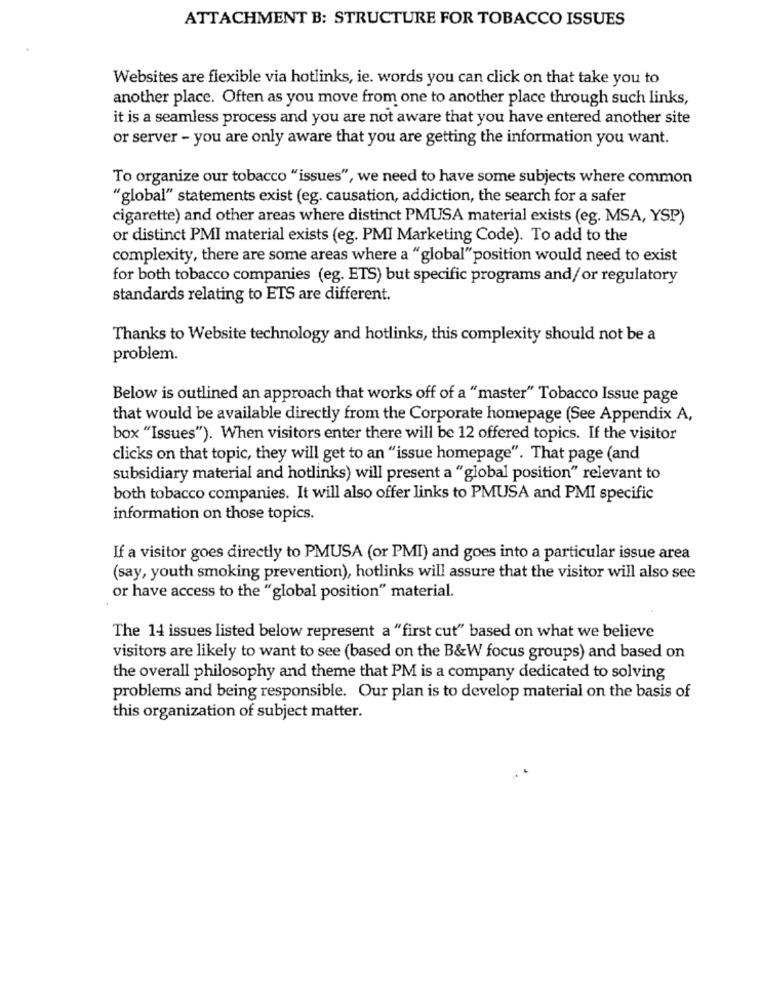
ATTACHMENT B: STRUCTURE FOR TOBACCO ISSUES
Websites are flexible via hotlinks, ie. words you can click on that take you to
another place. Often as you move from one to another place through such links,
it is a seamless process and you are not aware that you have entered another site
or server - you are only aware that you are getting the information you want.
To organize our tobacco "issues", we need to have some subjects where common
"global" statements exist (eg. causation, addiction, the search for a safer
cigarette) and other areas where distinct PMUSA material exists (eg. MSA, YSP)
or distinct PMI material exists (eg. PMI Marketing Code). To add to the
complexity, there are some areas where a "global" position would need to exist
for both tobacco companies (eg. ETS) but specific programs and/ or regulatory
standards relating to ETS are different.
Thanks to Website technology and hotlinks, this complexity should not be a
problem.
Below is outlined an approach that works off of a "master" Tobacco Issue page
that would be available directly from the Corporate homepage (See Appendix A,
box "Issues"). When visitors enter there will be 12 offered topics. If the visitor
clicks on that topic, they will get to an "issue homepage". That page (and
subsidiary material and hotlinks) will present a "global position" relevant to
both tobacco companies. It will also offer links to PMUSA and PMI specific
information on those topics.
If a visitor goes directly to PMUSA (or PMI) and goes into a particular issue area
(say, youth smoking prevention), hotlinks will assure that the visitor will also see
or have access to the "global position" material.
The 14 issues listed below represent a "first cut" based on what we believe
visitors are likely to want to see (based on the B&W focus groups) and based on
the overall philosophy and theme that PM is a company dedicated to solving
problems and being responsible. Our plan is to develop material on the basis of
this organization of subject matter.